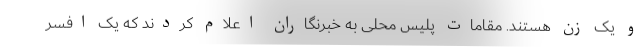
و یک زن هستند. مقامات پلیس محلی به خبرنگاران اعلام کردند که یک افسر